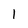
Character: 1